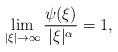
LaTeX: \begin{align*}\lim_{|\xi| \to \infty} \frac{\psi(\xi)}{|\xi|^{\alpha}} = 1,\end{align*}